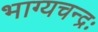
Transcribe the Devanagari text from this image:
भाग्यचन्द्रः